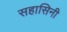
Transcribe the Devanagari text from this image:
सहासिनी